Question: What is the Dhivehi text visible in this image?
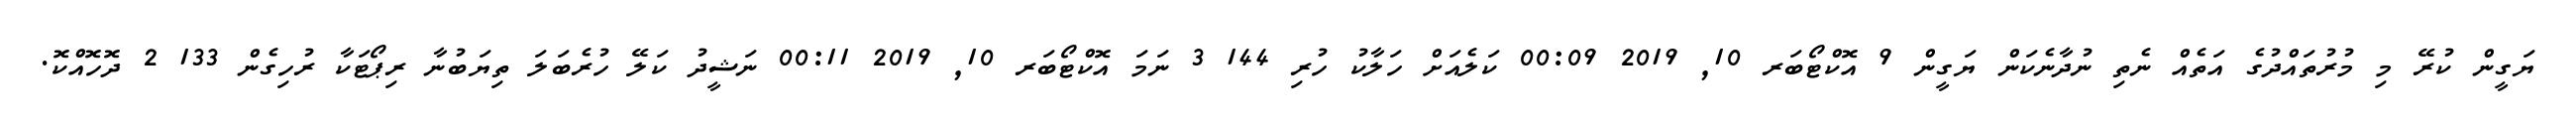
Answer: ޔަގީން ކުރޭ މި މުރުތައްދުގެ އަތެއް ނެތި ނުދާނެކަން ޔަގީން 9 އޮކްޓޯބަރ 10, 2019 00:09 ކަލެއަށް ހަލާކު ހުރި 144 3 ނަމަ އޮކްޓޯބަރ 10, 2019 00:11 ނަޝީދު ކަލޭ ހުރެބަލަ ތިޔަބުނާ ރިޕޯޓަކާ ރުހިގެން 133 2 ދޮހޮއްކޮ.